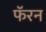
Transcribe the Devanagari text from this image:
फॅरन